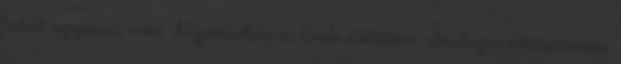
tehát ugyanaz, mint Afganisztán és Irak esetében: stratégiai előnyszerzés